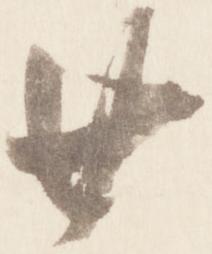
廿